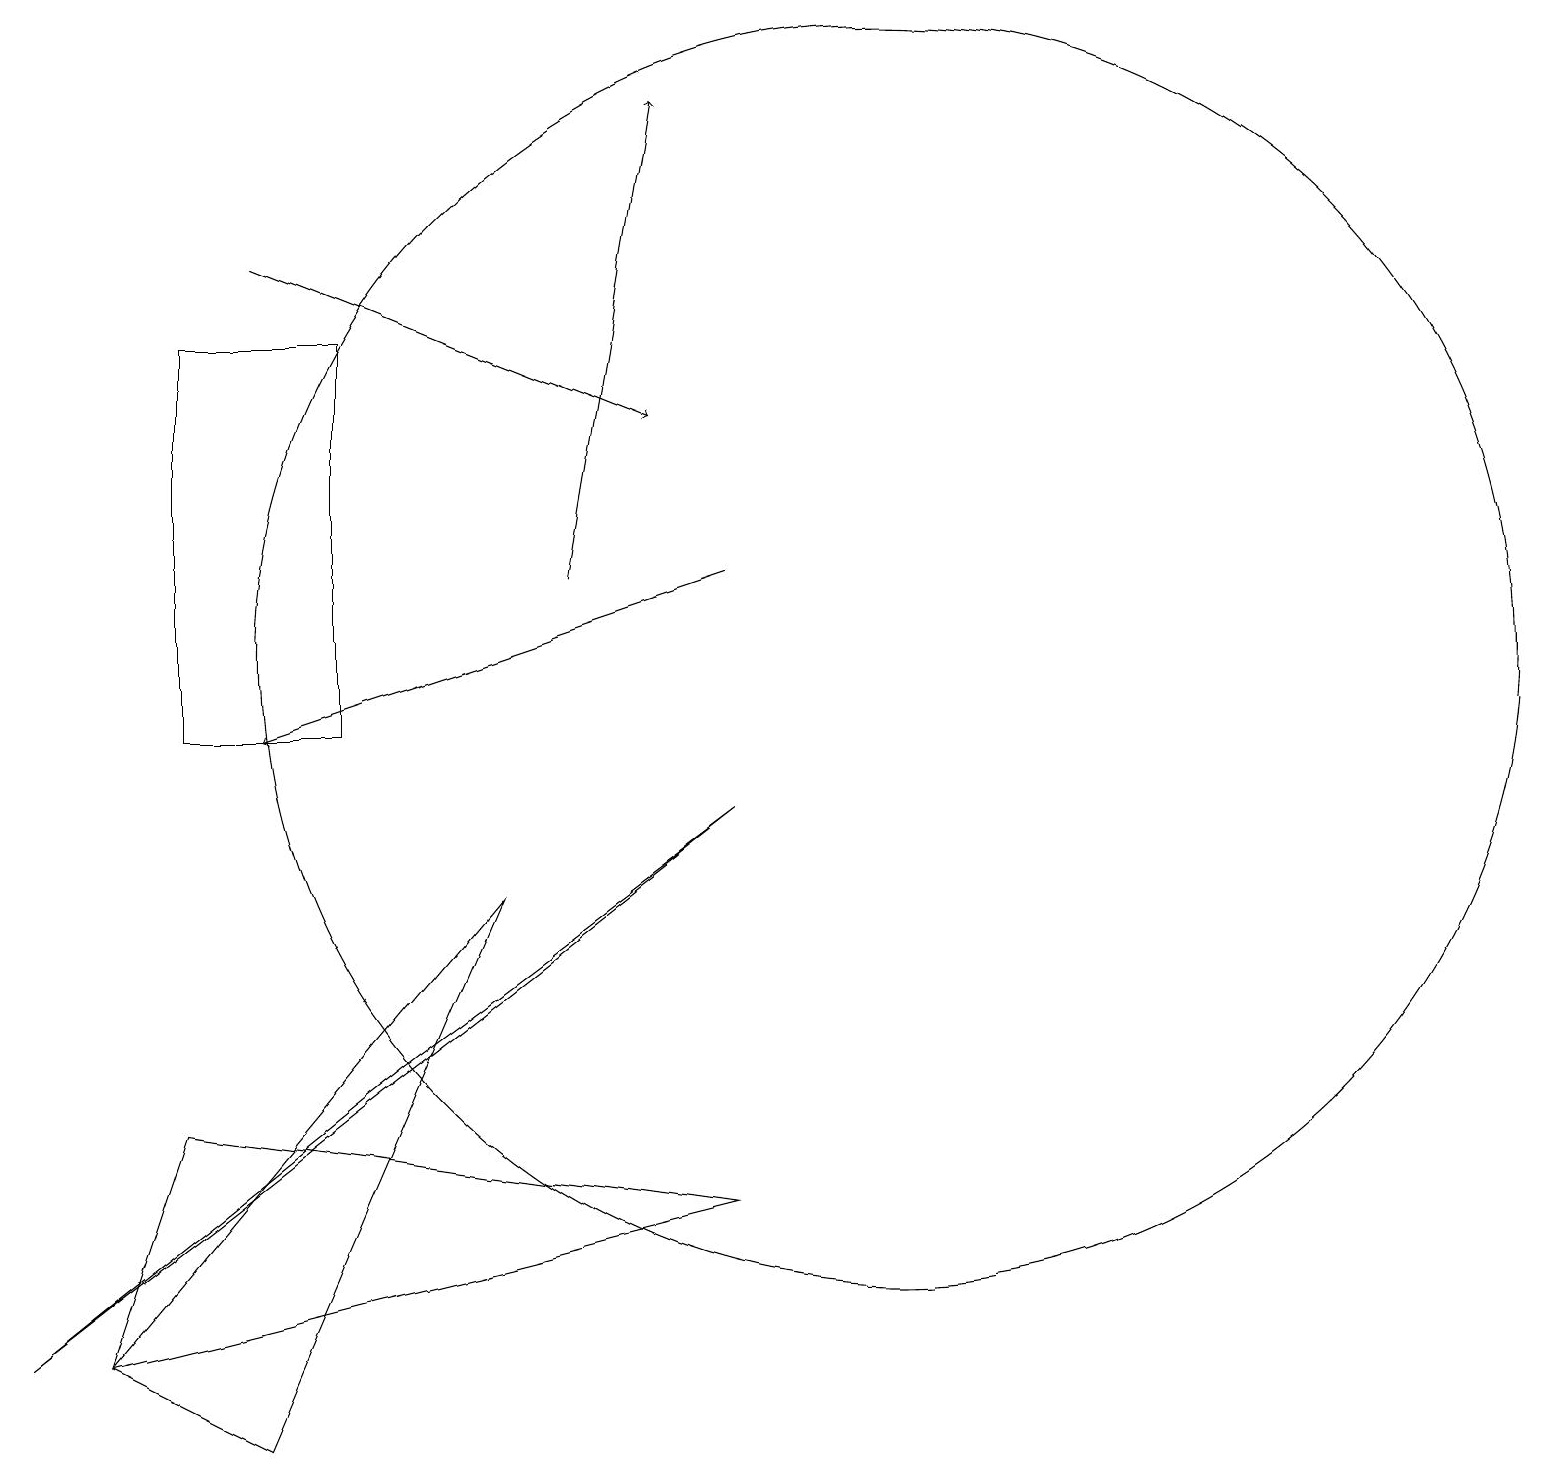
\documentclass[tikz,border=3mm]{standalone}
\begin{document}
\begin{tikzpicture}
\draw[->] (9,12) -- (3,10);
\draw (4,10) rectangle (2,15);
\draw (2,5) -- (1,2) -- (9,4) -- cycle;
\draw (0,2) -- (5,6) -- (9,9) -- cycle;
\draw[->] (3,16) -- (8,14);
\draw (11,11) circle (8);
\draw (3,1) -- (1,2) -- (6,8) -- cycle;
\draw[->] (7,12) -- (8,18);
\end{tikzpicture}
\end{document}